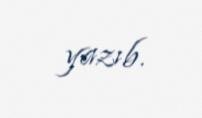
yazıb.